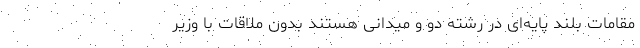
مقامات بلند پایه‌ای در رشته دو و میدانی هستند بدون ملاقات با وزیر